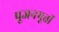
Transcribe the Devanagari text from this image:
पूजनमूर्ती